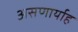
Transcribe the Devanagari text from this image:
असणार्याह